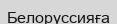
Белоруссияға